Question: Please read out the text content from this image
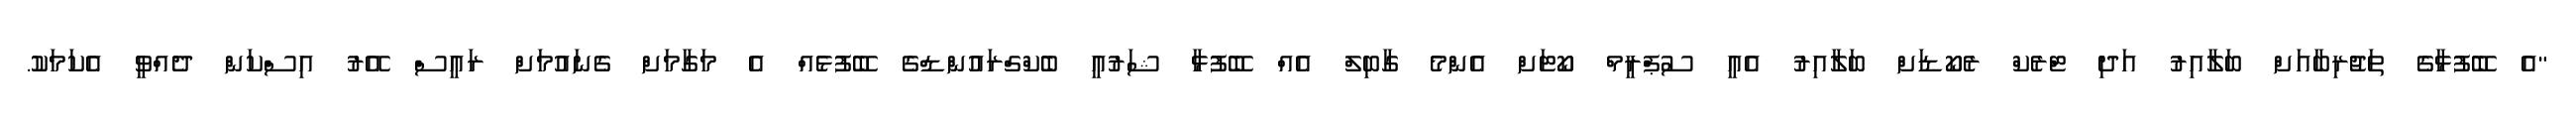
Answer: "އެ ބޭފުޅާގެ ތަޖުރިބާއަށް ބަލާއިރު އަދި ޓްރެކް ރެކޯޑަށް ބަލާއިރު އެއީ ސުޕްރީމް ކޯޓަށް އެންމެ ގާބިލް އެއް ބޭފުޅާ ޝަރުއީ ބެކްގްރައުންޑްގެ ބޭފުޅެއް އެ މަގާމަށް ގެނައުމަށް ރައީސް އޭރު އިސްކަން ދެއްވީ އެކަމަކު.